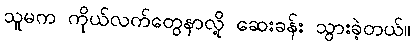
သူမက ကိုယ်လက်တွေနာလို့ ဆေးခန်း သွားခဲ့တယ်။